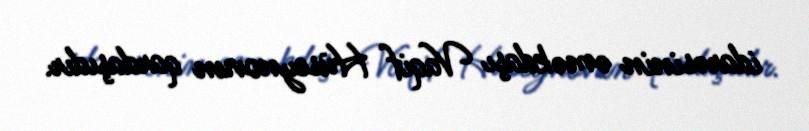
idarəsinin əməkdaşı Vaqif Hüseynovun qardaşıdır.